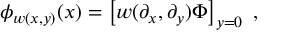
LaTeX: \phi _ { w ( x , y ) } ( x ) = \left[ w ( \partial _ { x } , \partial _ { y } ) \Phi \right] _ { y = 0 } \ ,